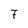
Character: 7